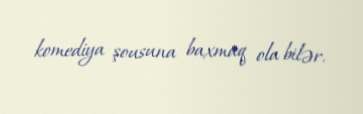
komediya şousuna baxmaq ola bilər.